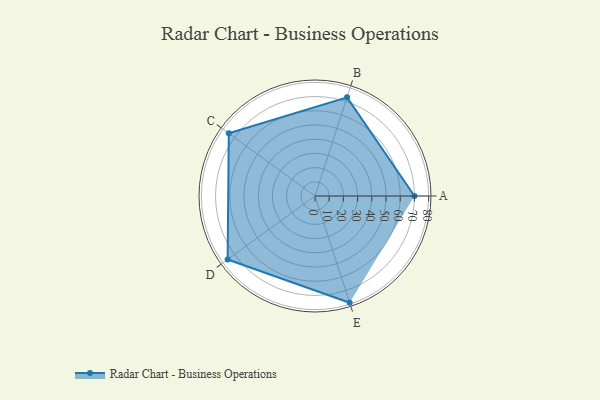
{"axis": {"x": "Skill", "y": "Score"}, "legend": ["Profile"], "data": [{"x": "A", "y": 70.0, "type": "Profile"}, {"x": "B", "y": 73.0, "type": "Profile"}, {"x": "C", "y": 75.0, "type": "Profile"}, {"x": "D", "y": 76.0, "type": "Profile"}, {"x": "E", "y": 79.0, "type": "Profile"}]}